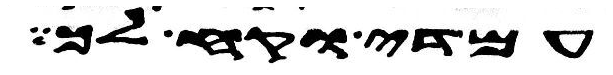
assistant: עמדי וקח לך